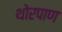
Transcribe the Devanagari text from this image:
थोरपाण